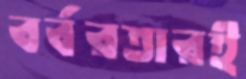
বর্বরতারই